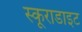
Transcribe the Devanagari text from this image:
स्कूराडाइट